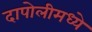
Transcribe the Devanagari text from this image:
दापोलीमध्ये